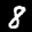
Label: 8